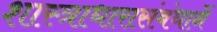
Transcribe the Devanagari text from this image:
शास्त्राधारासंबंधानें